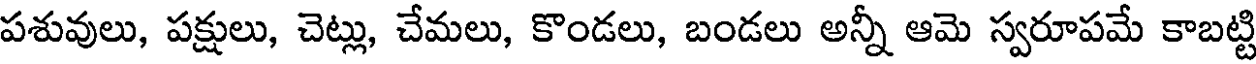
పశువులు, పక్షులు, చెట్లు, చేమలు, కొండలు, బండలు అన్నీ ఆమె స్వరూపమే కాబట్టి